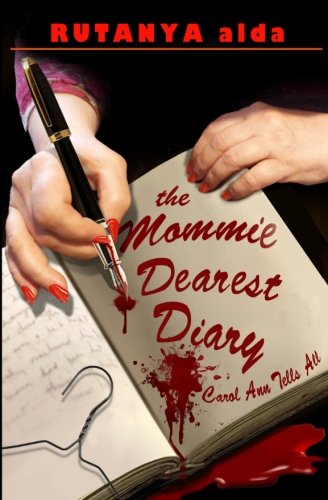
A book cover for The Mommie Dearest Diary: Carol Ann Tells All; Rutanya Alda; Humor & Entertainment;